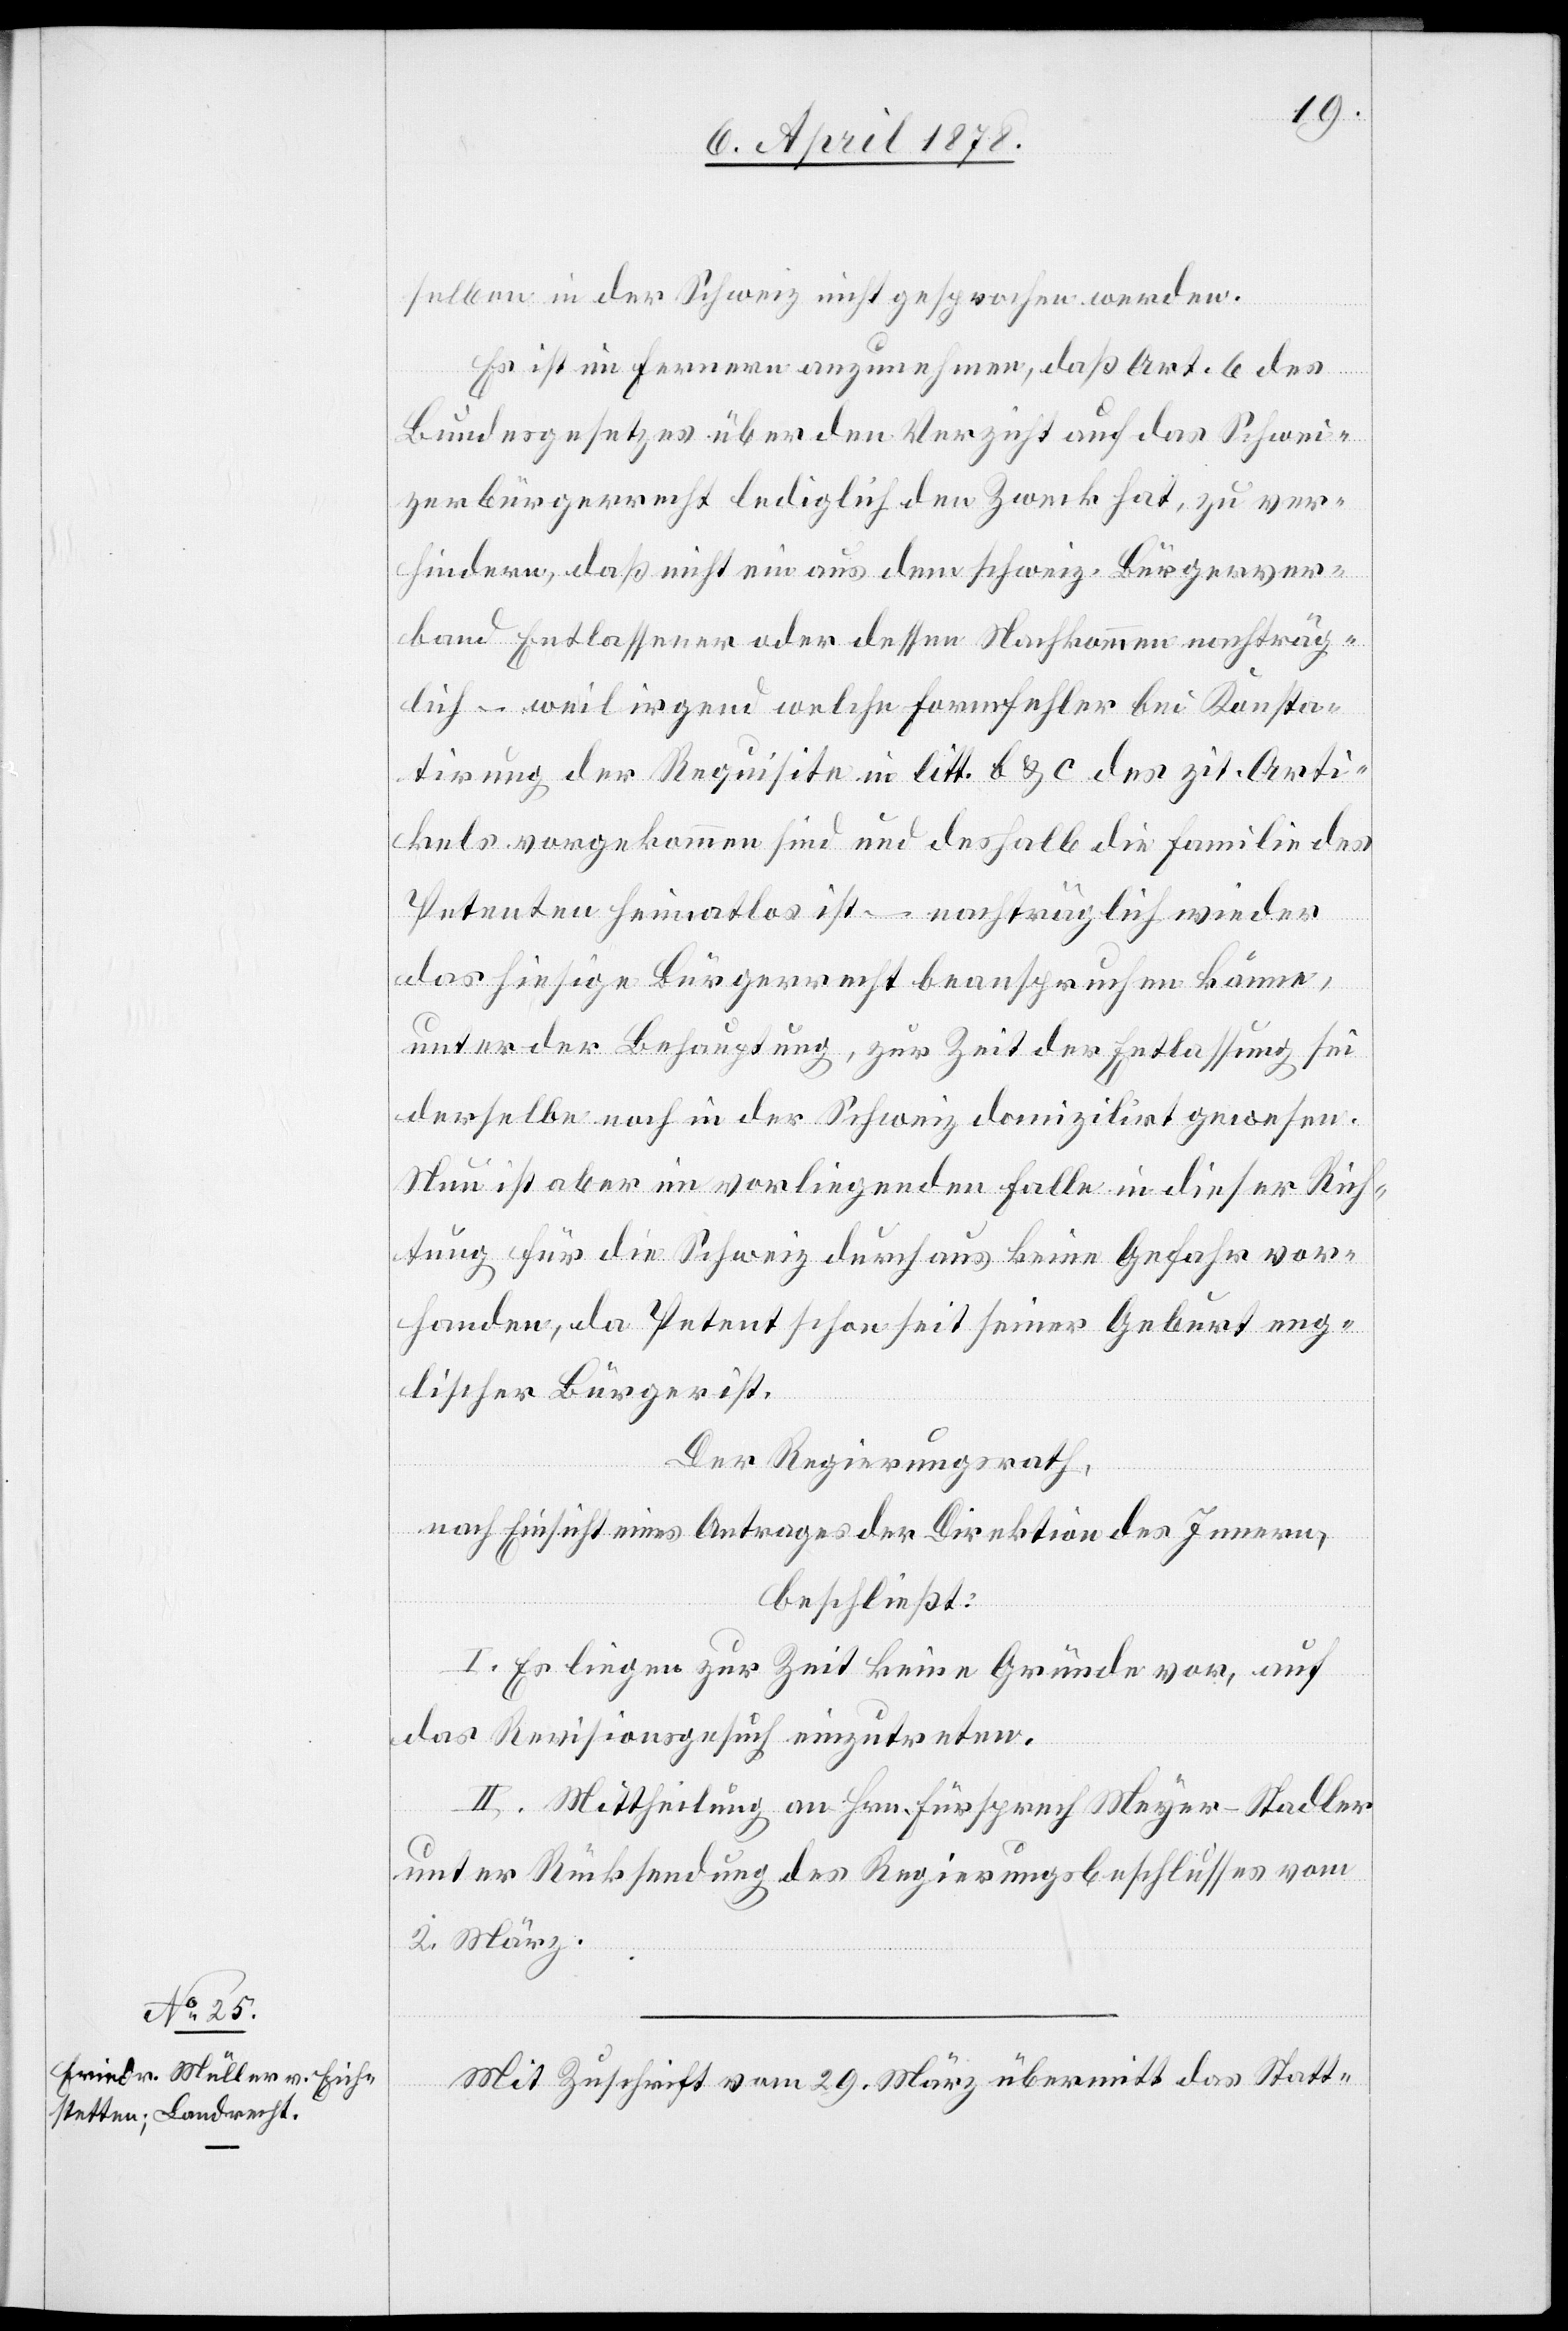
selben in der Schweiz nicht gesprochen werden.
Es ist im Fernern anzunehmen, daß Art. 6 des
Bundesgesetzes über den Verzicht auf das Schwei¬
zerbürgerrecht lediglich den Zweck hat, zu ver¬
hindern, daß nicht ein aus dem schweiz. Bürgerver¬
band Entlassener oder dessen Nachkommen nachträg¬
lich – weil irgend welche Formfehler bei Konsta¬
tirung der Requisite in litt. b & c des zit. Arti¬
kels vorgekommen sind und deshalb die Familie des
Petenten heimatlos ist – nachträglich wieder
das hiesige Bürgerrecht beanspruchen könne,
unter der Behauptung, zur Zeit der Entlassung sei
derselbe noch in der Schweiz domizilirt gewesen.
Neu ist aber im vorliegenden Falle in dieser Rich¬
tung für die Schweiz durchaus keine Gefahr vor¬
handen, da Petent schon seit seiner Geburt eng¬
lischer Bürger ist.
Der Regierungsrath,
nach Einsicht eines Antrages der Direktion des Innern,
beschließt:
I. Es liegen zur Zeit keine Gründe vor, auf
das Revisionsgesuch einzutreten.
II. Mittheilung an Hrn. Fürsprech Meyer-Stadler
unter Rücksendung des Regierungsbeschlusses vom
2. März.
Mit Zuschrift vom 29. März übermittelt das Statt-